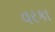
વરકા